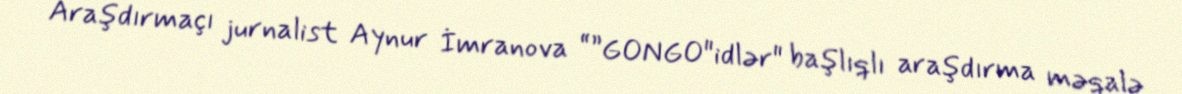
Araşdırmaçı jurnalist Aynur İmranova “”GONGO"idlər" başlıqlı araşdırma məqalə